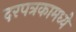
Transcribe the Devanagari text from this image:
दरपत्रकामध्ये